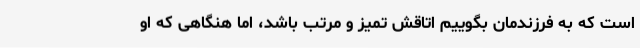
است که به فرزندمان بگوییم اتاقش تمیز و مرتب باشد، اما هنگاهی که او